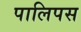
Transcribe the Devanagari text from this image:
पालिपस